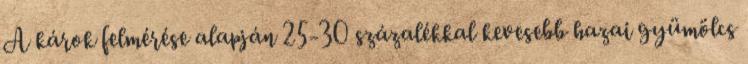
A károk felmérése alapján 25-30 százalékkal kevesebb hazai gyümölcs